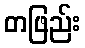
တဖြည်း